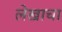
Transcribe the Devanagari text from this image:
लेेखाचा